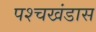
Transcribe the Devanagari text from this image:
पश्चखंडास